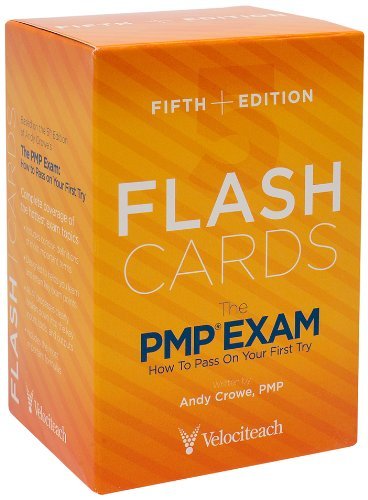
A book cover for By Andy Crowe PMP PgMP The PMP Exam: Flash Cards, Fifth Edition (Test Prep series) (Fifth Edition, Fifth edition); Test Preparation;